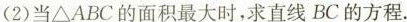
(2)当\triangle ABC的面积最大时，求直线BC的方程.